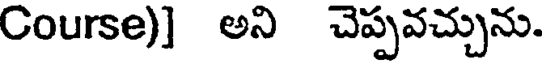
Course)] అని చెప్పవచ్చును.